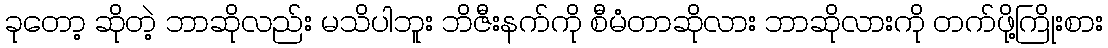
ခုတော့ ဆိုတဲ့ ဘာဆိုလည်း မသိပါဘူး ဘိဇီးနက်ကို စီမံတာဆိုလား ဘာဆိုလားကို တက်ဖို့ကြိုးစား